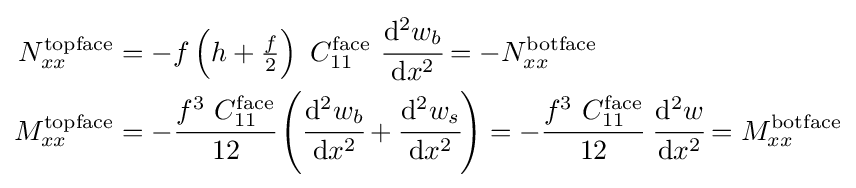
{\begin{aligned}N_{xx}^{\mathrm {topface} }&=-f\left(h+{\tfrac {f}{2}}\right)~C_{11}^{\mathrm {face} }~{\cfrac {\mathrm {d} ^{2}w_{b}}{\mathrm {d} x^{2}}}=-N_{xx}^{\mathrm {botface} }\\M_{xx}^{\mathrm {topface} }&=-{\cfrac {f^{3}~C_{11}^{\mathrm {face} }}{12}}\left({\cfrac {\mathrm {d} ^{2}w_{b}}{\mathrm {d} x^{2}}}+{\cfrac {\mathrm {d} ^{2}w_{s}}{\mathrm {d} x^{2}}}\right)=-{\cfrac {f^{3}~C_{11}^{\mathrm {face} }}{12}}~{\cfrac {\mathrm {d} ^{2}w}{\mathrm {d} x^{2}}}=M_{xx}^{\mathrm {botface} }\end{aligned}}